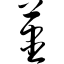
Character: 荩